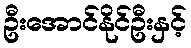
ဦးအောင်နိုင်ဦးနှင့်